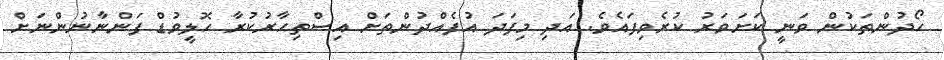
ހޯދުންތަކުން ވަނީ ކަށަވަރު ކުރެވިފައެވެ. އަދި މިފަދަ އުފެއްދުންތަށް އިސްތިޙާރުކުރާ ހޮލީވުޑް ފަންނާނުންނަށް